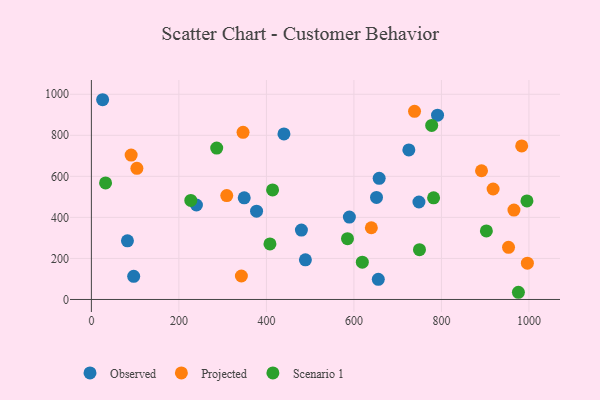
{"axis": {"x": "Experience", "y": "Yield"}, "legend": ["Observed", "Projected", "Scenario 1"], "data": [{"x": "655.7", "y": 98.1, "type": "Observed"}, {"x": "589.6", "y": 401.4, "type": "Observed"}, {"x": "25.7", "y": 973.3, "type": "Observed"}, {"x": "96.7", "y": 112.8, "type": "Observed"}, {"x": "489.1", "y": 193.3, "type": "Observed"}, {"x": "349.3", "y": 495.1, "type": "Observed"}, {"x": "725.5", "y": 728.7, "type": "Observed"}, {"x": "480.0", "y": 338.4, "type": "Observed"}, {"x": "377.5", "y": 430.4, "type": "Observed"}, {"x": "791.1", "y": 898.2, "type": "Observed"}, {"x": "82.4", "y": 286.0, "type": "Observed"}, {"x": "651.6", "y": 497.5, "type": "Observed"}, {"x": "240.1", "y": 460.3, "type": "Observed"}, {"x": "440.1", "y": 806.9, "type": "Observed"}, {"x": "748.6", "y": 475.0, "type": "Observed"}, {"x": "657.7", "y": 590.2, "type": "Observed"}, {"x": "996.4", "y": 176.9, "type": "Projected"}, {"x": "309.4", "y": 506.2, "type": "Projected"}, {"x": "90.9", "y": 703.6, "type": "Projected"}, {"x": "342.8", "y": 114.4, "type": "Projected"}, {"x": "639.8", "y": 349.4, "type": "Projected"}, {"x": "738.5", "y": 916.6, "type": "Projected"}, {"x": "953.3", "y": 254.2, "type": "Projected"}, {"x": "891.6", "y": 627.2, "type": "Projected"}, {"x": "918.1", "y": 538.3, "type": "Projected"}, {"x": "346.6", "y": 814.4, "type": "Projected"}, {"x": "104.0", "y": 638.9, "type": "Projected"}, {"x": "965.7", "y": 435.8, "type": "Projected"}, {"x": "983.4", "y": 748.0, "type": "Projected"}, {"x": "414.1", "y": 533.9, "type": "Scenario 1"}, {"x": "782.1", "y": 495.2, "type": "Scenario 1"}, {"x": "749.8", "y": 242.6, "type": "Scenario 1"}, {"x": "619.2", "y": 182.0, "type": "Scenario 1"}, {"x": "227.2", "y": 482.7, "type": "Scenario 1"}, {"x": "777.7", "y": 848.1, "type": "Scenario 1"}, {"x": "286.4", "y": 737.7, "type": "Scenario 1"}, {"x": "408.1", "y": 270.9, "type": "Scenario 1"}, {"x": "32.4", "y": 567.9, "type": "Scenario 1"}, {"x": "995.4", "y": 480.2, "type": "Scenario 1"}, {"x": "585.3", "y": 296.1, "type": "Scenario 1"}, {"x": "975.9", "y": 35.1, "type": "Scenario 1"}, {"x": "902.7", "y": 333.8, "type": "Scenario 1"}]}